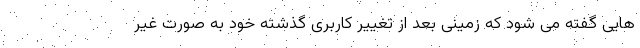
هایی گفته می شود که زمینی بعد از تغییر کاربری گذشته خود به صورت غیر